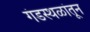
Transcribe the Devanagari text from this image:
गंडस्थळांतून